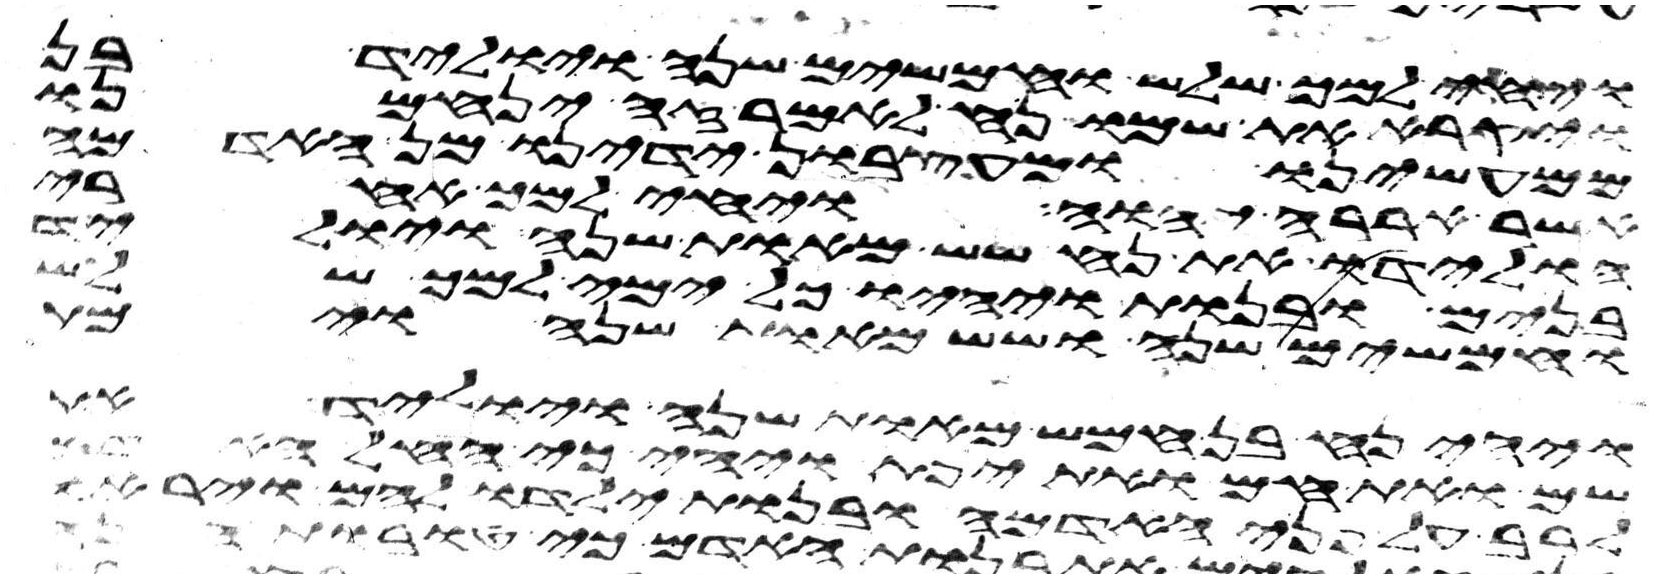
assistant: ויחי למך שלש וחמשים שנה ויוליד בן
ויקרא את שמו נח לאמר זה ינחמנו
ממעשינו ומעצבון ידינו מן האדמה
אשר אררה יהוה ויחי למך אחרי
הולידו את נח שש מאות שנה ויוליד
בנים ובנות ויהיו כל ימי למך שלש
וחמשים שנה ושש מאות שנה וימת
ויהי נח בן חמש מאות שנה ויוליד את
שם ואת חם ואת יפת ויהי כי החל האדם
לרב על פני האדמה ובנות ילדו להם ויראו